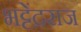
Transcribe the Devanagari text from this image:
भट्टेंद्रराज